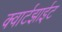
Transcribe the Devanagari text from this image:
क्वार्टझाईट